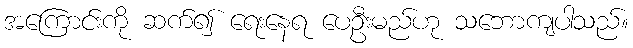
အကြောင်းကို ဆက်၍ ရေးနေရ ပေဦးမည်ဟု သဘောကျပါသည်။